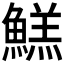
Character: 𱆺